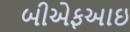
બીએફઆઇ